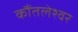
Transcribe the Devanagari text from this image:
कौंतलेश्वर